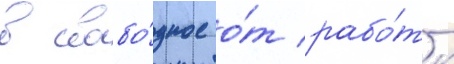
в свобо́дное о́т рабо́ты